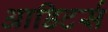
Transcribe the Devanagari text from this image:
आडिटर्स